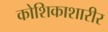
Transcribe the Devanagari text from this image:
कोशिकाशारीर